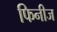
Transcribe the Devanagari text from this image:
फिनीज